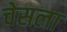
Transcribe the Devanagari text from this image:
चेसला